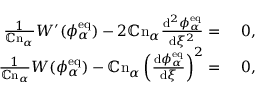
\begin{array} { r l } { \frac { 1 } { \mathbb { C } \mathrm { n } _ { \alpha } } W ^ { \prime } ( \phi _ { \alpha } ^ { \mathrm { e q } } ) - 2 \mathbb { C } \mathrm { n } _ { \alpha } \frac { \mathrm { d } ^ { 2 } \phi _ { \alpha } ^ { \mathrm { e q } } } { \mathrm { d } \xi ^ { 2 } } = } & { { } ~ 0 , } \\ { \frac { 1 } { \mathbb { C } \mathrm { n } _ { \alpha } } W ( \phi _ { \alpha } ^ { \mathrm { e q } } ) - \mathbb { C } \mathrm { n } _ { \alpha } \left( \frac { \mathrm { d } \phi _ { \alpha } ^ { \mathrm { e q } } } { \mathrm { d } \xi } \right) ^ { 2 } = } & { { } ~ 0 , } \end{array}